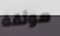
موثقة